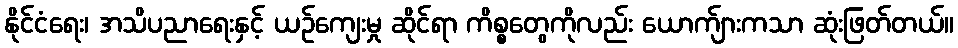
နိုင်ငံရေး၊ အသိပညာရေးနှင့် ယဉ်ကျေးမှု ဆိုင်ရာ ကိစ္စတွေကိုလည်း ယောက်ျားကသာ ဆုံးဖြတ်တယ်။